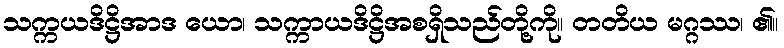
သက္ကယဒိဋ္ဌိအာဒ ယော၊ သက္ကာယဒိဋ္ဌိအစရှိသည်တို့ကို။ တတိယ မဂ္ဂဿ၊ ၏။